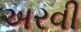
અરવી